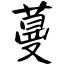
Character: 蔓